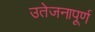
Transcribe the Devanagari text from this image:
उतेजनापूर्ण